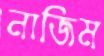
নাজিম